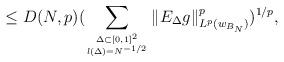
LaTeX: \begin{align*}\le D(N,p)(\sum_{\Delta\subset [0,1]^2\atop{l(\Delta)=N^{-1/2}}}\|E_\Delta g\|_{L^p(w_{B_{N}})}^p)^{1/p},\end{align*}